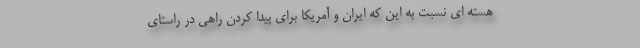
هسته ای نسبت به این که ایران و آمریکا برای پیدا کردن راهی در راستای